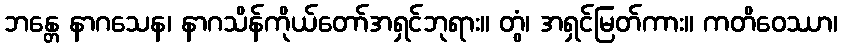
ဘန္တေ နာဂသေန၊ နာဂသိန်ကိုယ်တော်အရှင်ဘုရား။ တွံ၊ အရှင်မြတ်ကား။ ကတိဝေဿာ၊